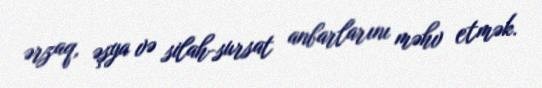
ərzaq, əşya və silah-sursat anbarlarını məhv etmək.